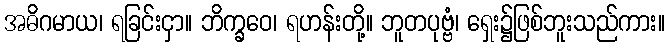
အဓိဂမာယ၊ ရခြင်းငှာ။ ဘိက္ခဝေ၊ ရဟန်းတို့။ ဘူတပုဗ္ဗံ၊ ရှေး၌ဖြစ်ဘူးသည်ကား။